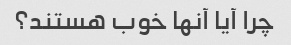
چرا آیا آنها خوب هستند؟